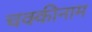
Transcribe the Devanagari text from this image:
चक्कीनाम